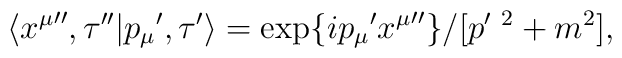
\langle {x^\mu}'',\tau'' |{p_\mu}',\tau'\rangle= \exp\{{ip_\mu}'{x^\mu}''\}/[p'^{\ 2}+ m^2],